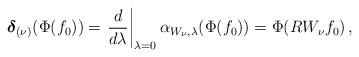
LaTeX: \begin{align*} \boldsymbol{\delta}_{(\nu)}(\Phi(f_0)) = \left. \frac{d}{d\lambda}\right|_{\lambda = 0}\alpha_{W_\nu,\lambda}(\Phi(f_0)) = \Phi(R W_\nu f_0)\,,\end{align*}